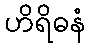
ဟိရိဓနံ